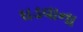
ઘડવાના